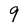
Character: 9